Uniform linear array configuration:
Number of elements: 24
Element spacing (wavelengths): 0.25
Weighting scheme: exponential
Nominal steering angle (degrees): -45
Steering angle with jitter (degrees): -43.767
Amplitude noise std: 0.05
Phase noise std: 0.05

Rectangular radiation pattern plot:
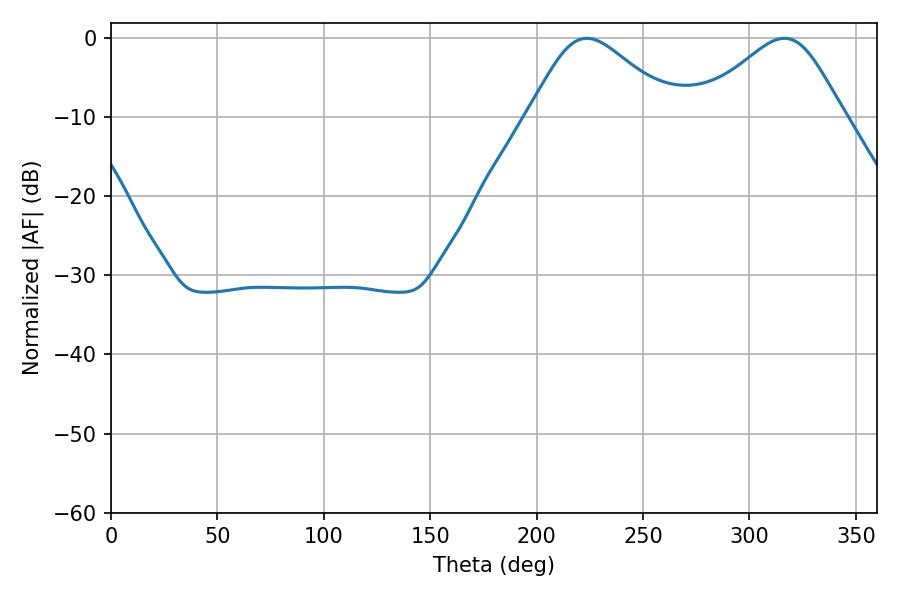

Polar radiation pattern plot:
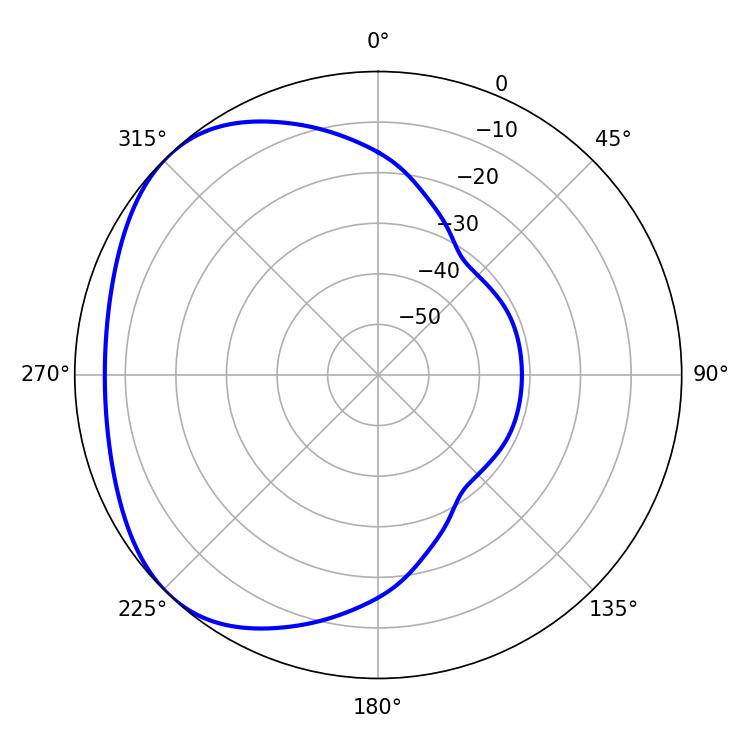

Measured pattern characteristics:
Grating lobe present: FALSE
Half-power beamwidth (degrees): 34.02
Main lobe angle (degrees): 223.56